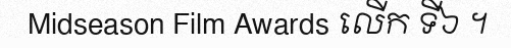
Midseason Film Awards លើក ទី៦ ។